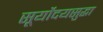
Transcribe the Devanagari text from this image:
सूर्योदयसुद्धा